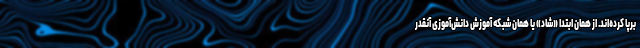
برپا کرده‌اند. از همان ابتدا «شاد» یا همان شبکه آموزش دانش‌آموزی آنقدر